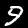
Digit: 9